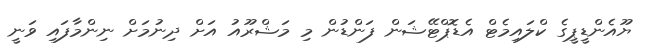
ޔޫއެންޑީޕީގެ ކްލައިމެޓް އެޑޮޕްޓޭޝަން ފަންޑުން މި މަޝްރޫއު އަށް ދިނުމަށް ނިންމާފައި ވަނީ